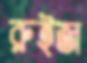
রুইজ